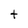
Character: t